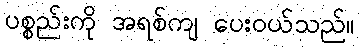
ပစ္စည်းကို အရစ်ကျ ပေးဝယ်သည်။